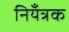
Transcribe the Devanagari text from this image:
नियँत्रक